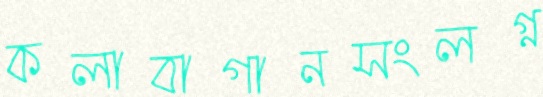
কলাবাগানসংলগ্ন